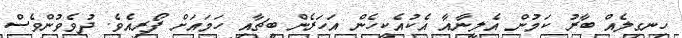
ހިނގިލެއް ބާރު ކަމުން އެލީނާއާ އެކުއެކީހެން އަހަރެން ބީޗާއި ހަމައަށް ފޯރިއެވެ. ދުވެވުންވެސް